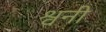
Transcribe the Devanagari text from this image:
श्वनी